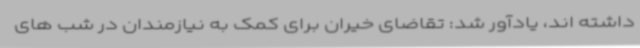
داشته اند، یادآور شد: تقاضای خیران برای کمک به نیازمندان در شب های